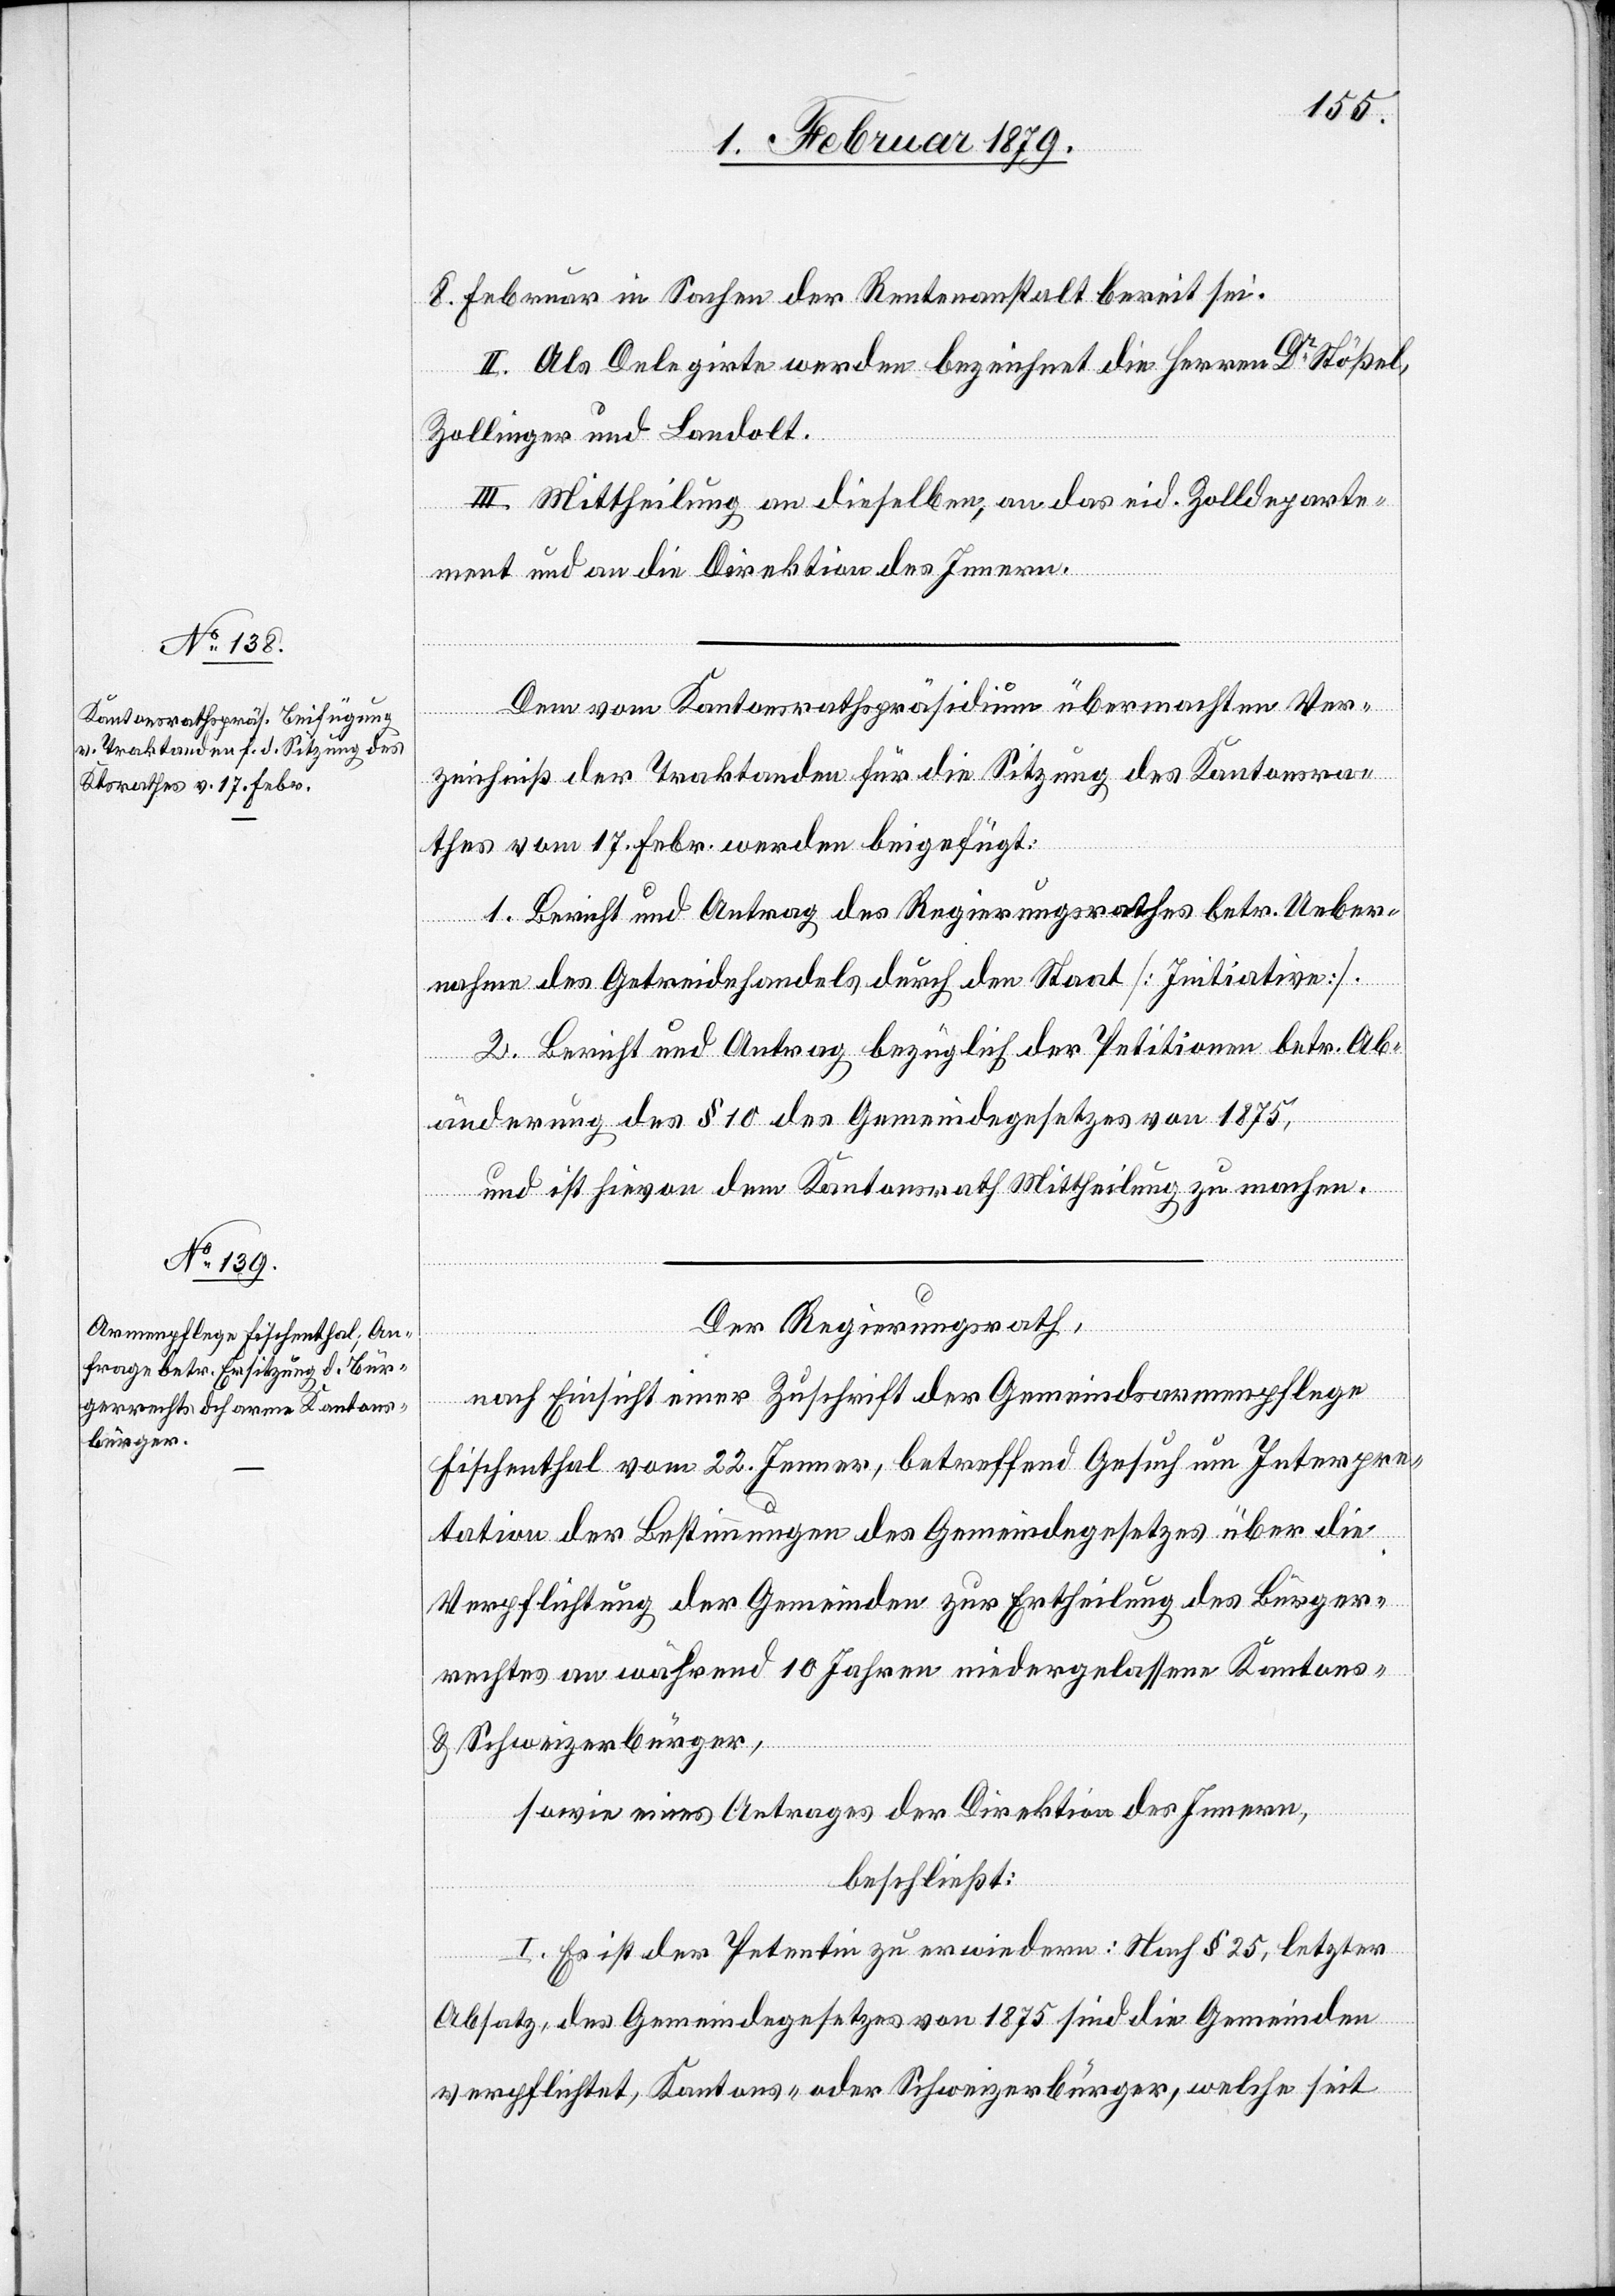
8. Februar in Sachen der Rentenanstalt bereit sei.
II. Als Delegirte werden bezeichnet die Herren Dr Stößel,
Zollinger und Landolt.
III. Mittheilung an dieselben, an das eid. Zolldeparte¬
ment und an die Direktion des Innern.
Dem vom Kantonsrathspräsidium übermachten Ver¬
zeichniß der Traktanden für die Sitzung des Kantonsra¬
thes vom 17. Febr. werden beigefügt:
1. Bericht und Antrag des Regierungsrathes betr. Ueber¬
nahme des Getreidehandels durch den Staat [Initiative].
2. Bericht und Antrag bezüglich der Petitionen betr. Ab¬
änderung des § 10 des Gemeindegesetzes von 1875,
und ist hievon dem Kantonsrath Mittheilung zu machen.
Der Regierungsrath,
nach Einsicht einer Zuschrift der Gemeindsarmenpflege
Fischenthal vom 22. Jenner, betreffend Gesuch um Interpre¬
tation der Bestimmungen des Gemeindegesetzes über die
Verpflichtung der Gemeinden zur Ertheilung des Bürger¬
rechtes an während 10 Jahren niedergelassene Kantons-
& Schweizerbürger,
sowie eines Antrages der Direktion des Innern,
beschließt:
I. Es ist der Petentin zu erwiedern: Nach § 25, letzter
Absatz, des Gemeindegesetzes von 1875 sind die Gemeinden
verpflichtet, Kantons- oder Schweizerbürger, welche seit